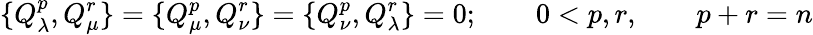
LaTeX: \{ Q_{\lambda}^{p},Q_{\mu}^{r}\} =\{ Q_{\mu}^{p},Q_{\nu}^{r}\} =\{ Q_{\nu}^{p},Q_{\lambda}^{r}\} =0;\qquad 0<p,r,\qquad p+r=n